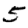
Digit: 5